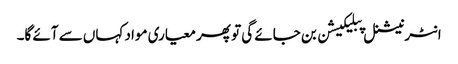
انٹرنیشنل پبلیکیشن بن جائے گی تو پھر معیاری مواد کہاں سے آئے گا۔